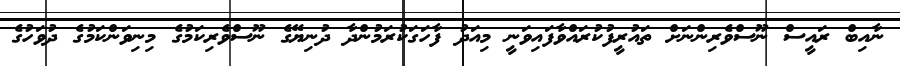
ނާއިބް ރައީސް ނޫސްވެރިންނަށް ތައުރީފުކުރައްވާފައިވަނީ މިއަދު ފާހަގަކުރަމުންދާ ދުނިޔޭގެ ނޫސްވެރިކަމުގެ މިނިވަންކަމުގެ ދުވަހުގެ